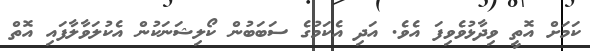
ކަމަށް އޮތީ ވިދާޅުވެވިފަ އެވެ. އަދި އެކަމުގެ ސަބަބުން ކޯލިޝަނަކުން އެކުލަވާލާފައި އޮތް